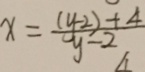
x = \frac { ( y - 2 ) + 4 } { y - 2 }